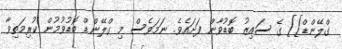
ގްލޭންޑް]] ގެ ސައިޒު ބޮޑުވާން ފަށައެވެ. ނަމަވެސް މި ގްލޭންޑް ބޮޑުވުމުން ކުރިމަތިވާ